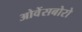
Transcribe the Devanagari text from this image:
ओवेंसबोरो